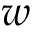
{ w }